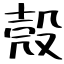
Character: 殼